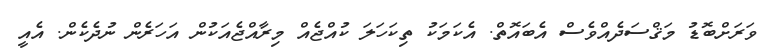
ވަރަށްބޮޑު މަޤްސަދެއްވެސް އެބައޮތް. އެކަމަކު ތިކަހަލަ ކުއްޖެއް މިރާއްޖެއަކުން އަހަރެން ނުދެކެން. އެއީ